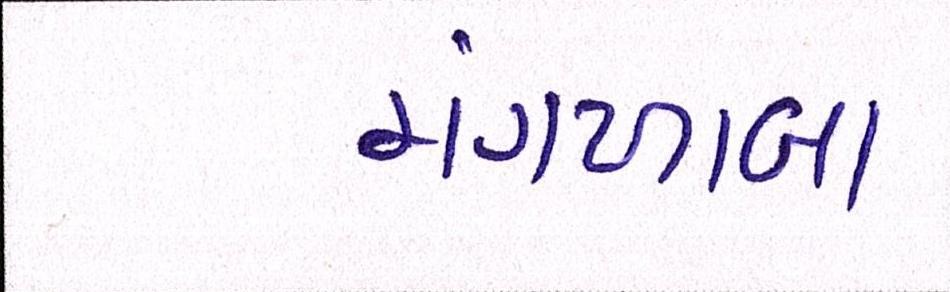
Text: મંગળાબા